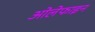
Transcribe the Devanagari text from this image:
ओलेफाइन